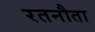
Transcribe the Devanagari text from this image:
रतनौता